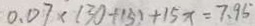
0 . 0 7 \times ( 3 0 + 1 5 ) + 1 5 x = 7 . 9 5